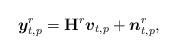
LaTeX: \begin{align*}\boldsymbol{y}_{t,p}^{r}=\mathbf{H}^{r}\boldsymbol{v}_{t,p}+\boldsymbol{n}_{t,p}^{r},\end{align*}